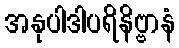
အနုပါဒါပရိနိဗ္ဗာနံ